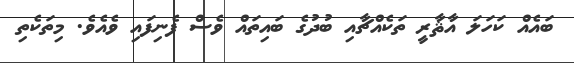
ބައެއް ކަހަލަ އާޘާރީ ތަކެއްޗާއި ބުދުގެ ބައިތައް ވެސް ފެނިފައި ވެއެވެ. މިތަކެތި